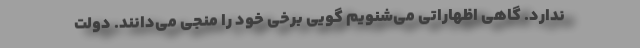
ندارد. گاهی اظهاراتی می‌شنویم گویی برخی خود را منجی می‌دانند. دولت